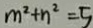
m ^ { 2 } + n ^ { 2 } = 5